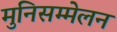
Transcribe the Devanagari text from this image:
मुनिसम्मेलन